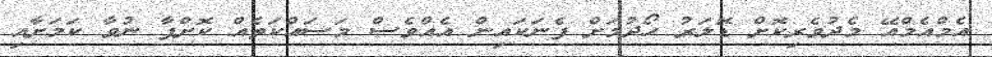
އެމްއެމްއޭ މެދުވެރިކޮށް ޑޮލަރު ހޯދުމަށް ފެނަކައިން އެއްވެސް މަސައްކަތެއް ކޮށްފާ ނުވާ ކަމަށާއި